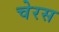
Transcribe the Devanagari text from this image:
चेरस